Vabadussoja_Ajaloo_Komitee, lk 27
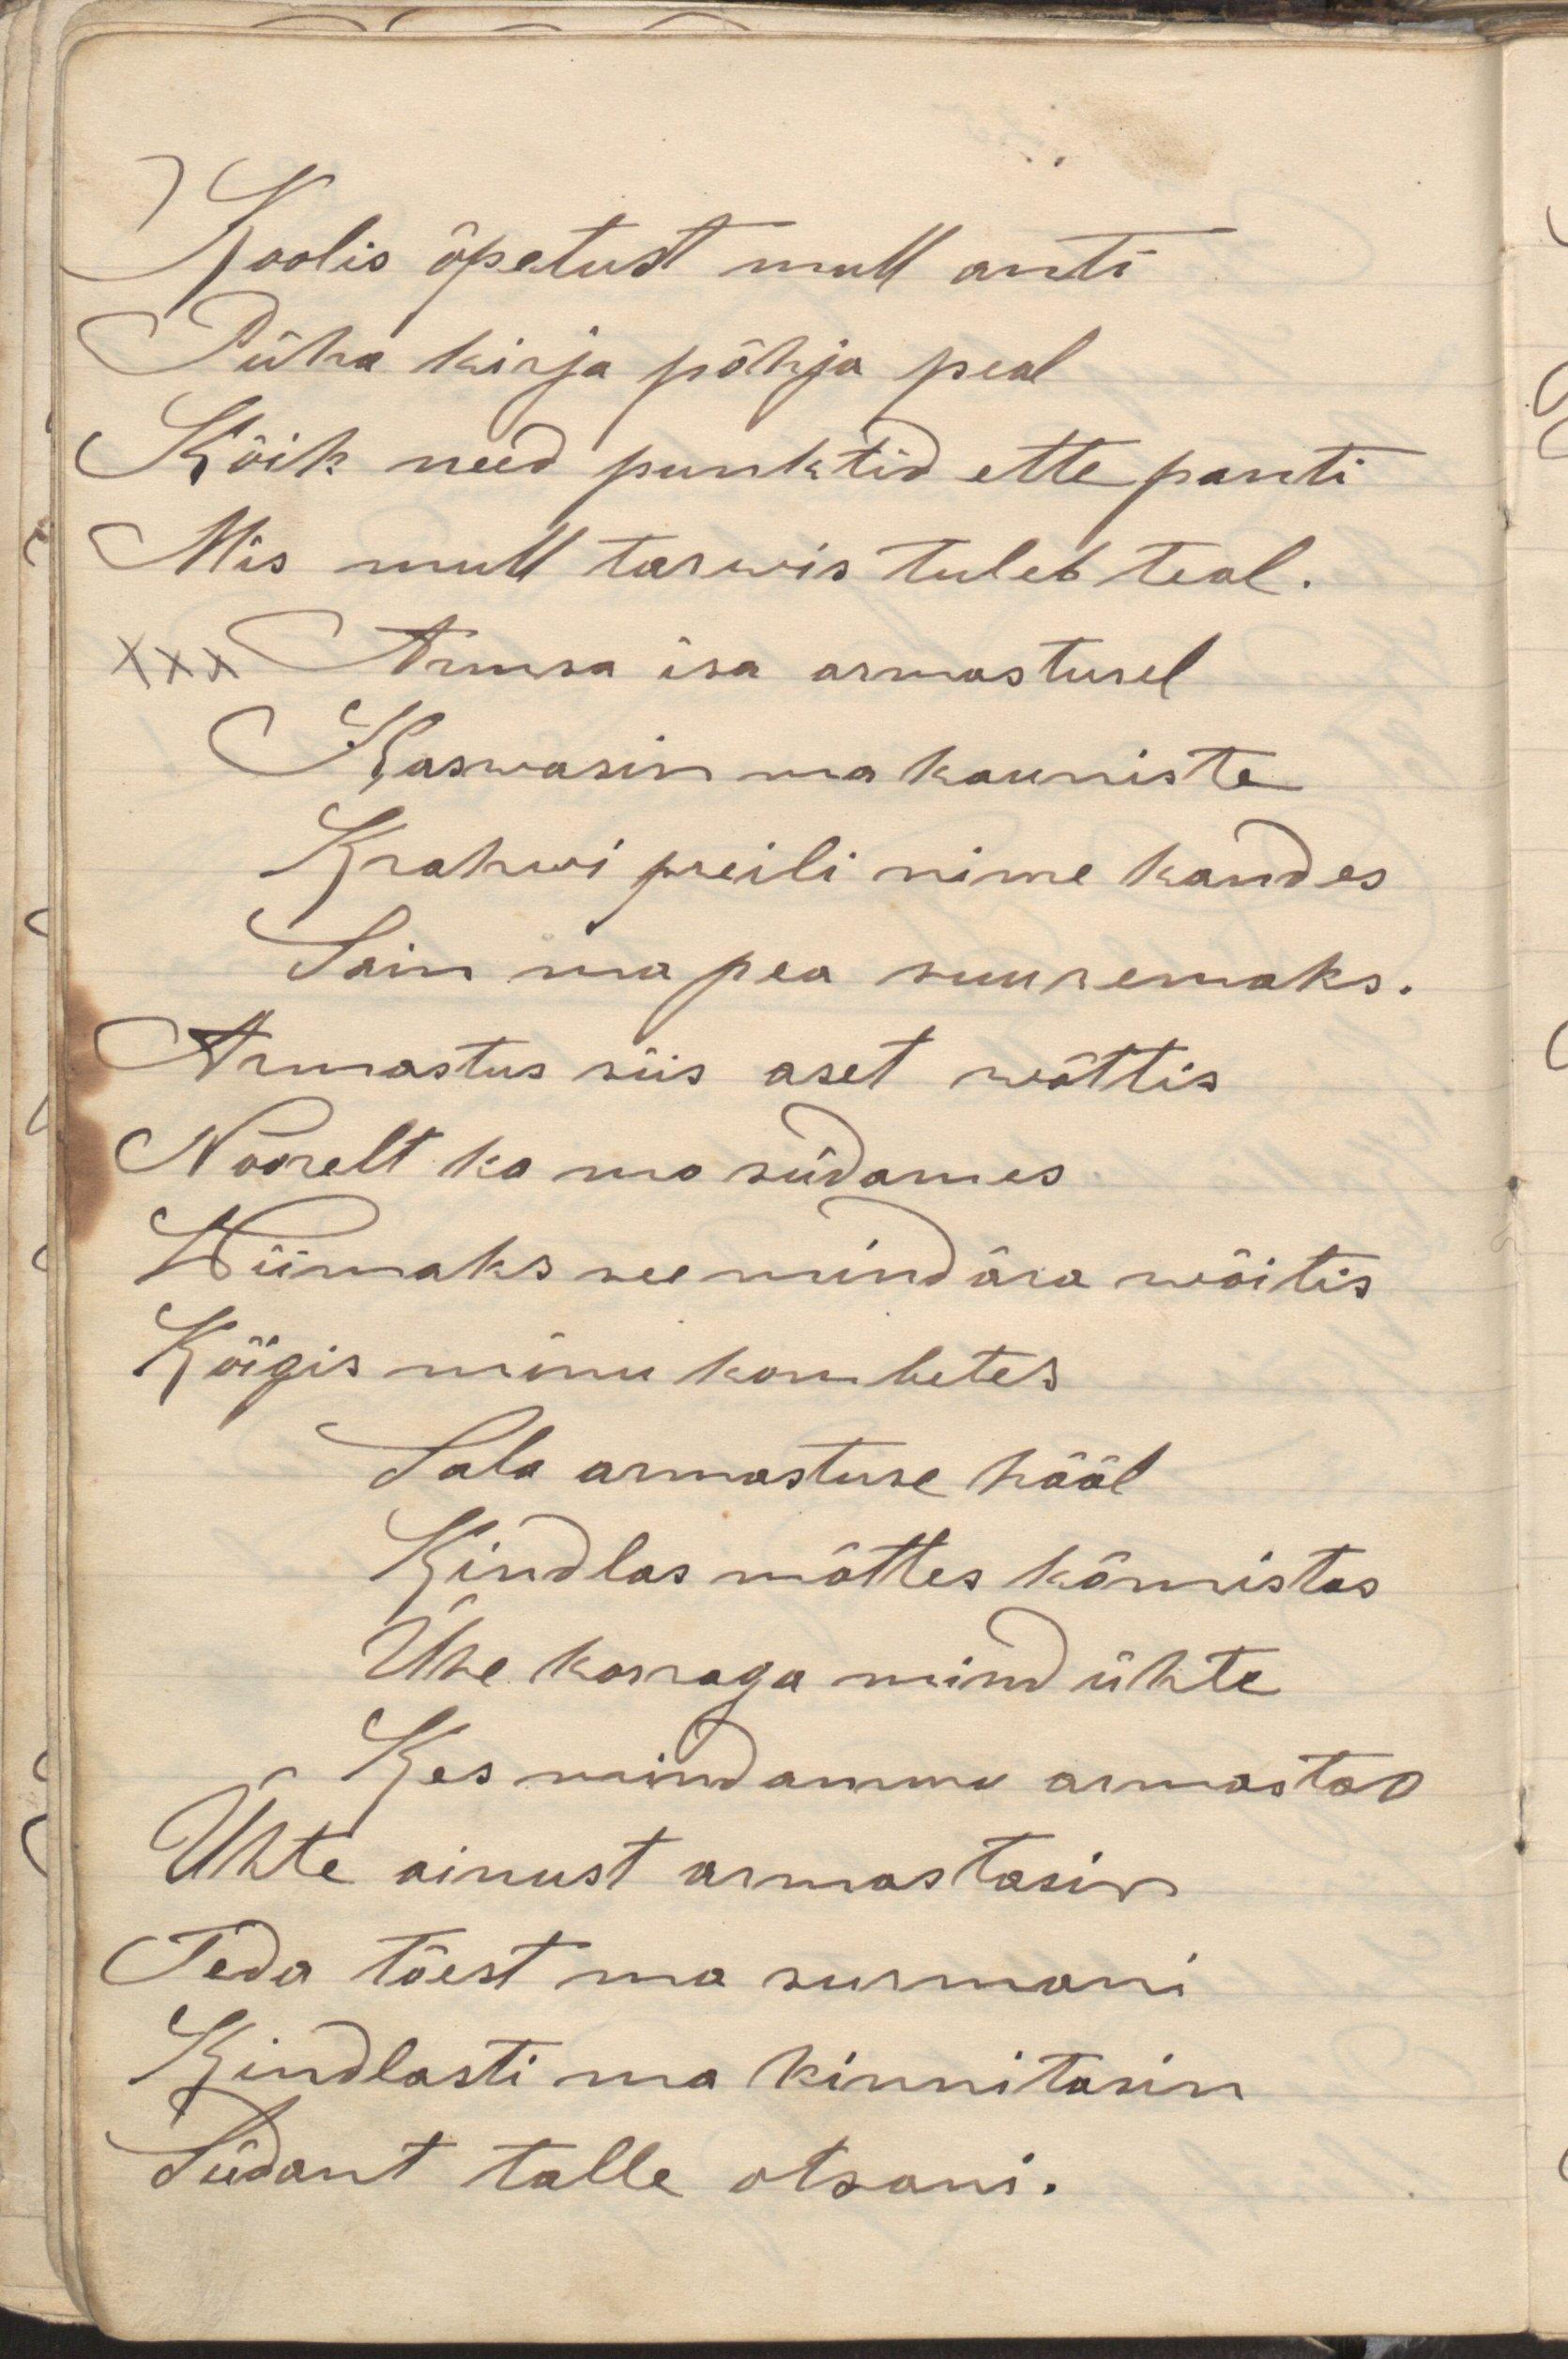
Koolis õpetust mull antiPüha kirja põhja pealKõik need punktid ette pantiMis mull tarwis tuleb teab.xxx Armsa isa armastuselKaswasin ma kaunisteKrahwi preili virne kandes Sain ma pea suuremaks.Armastus siis aset wõttisNoorelt ka mu südamesWiimaks see mind ära wõttis Kõigis minu kommetes Sala armastuse häälKindlas mõttes kõmistasÜhe kaasaga mind ühteKes mind ammu armastasÜhte ainust armastasinTeda tõest ma surmaniKindlasti ma kinnitasinSüdant talle otsani.